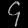
Digit: ၄